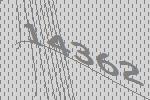
14362